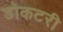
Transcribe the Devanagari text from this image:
डोकटरी